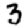
Digit: 3